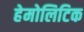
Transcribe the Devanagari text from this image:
हेमोलिटिक